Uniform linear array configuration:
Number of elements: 4
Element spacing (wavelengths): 1
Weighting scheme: kaiser
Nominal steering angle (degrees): -15
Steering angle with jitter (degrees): -15.618
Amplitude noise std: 0.05
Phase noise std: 0.05

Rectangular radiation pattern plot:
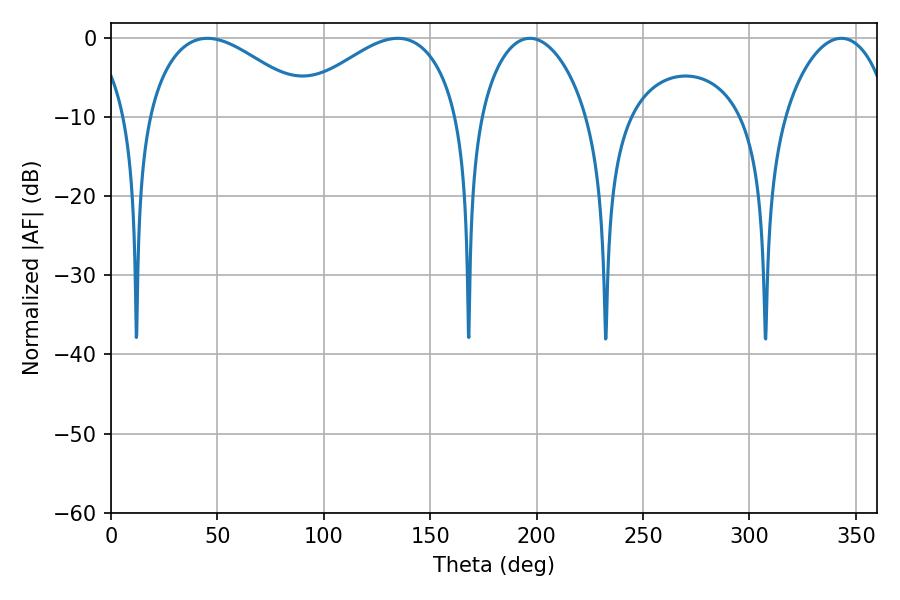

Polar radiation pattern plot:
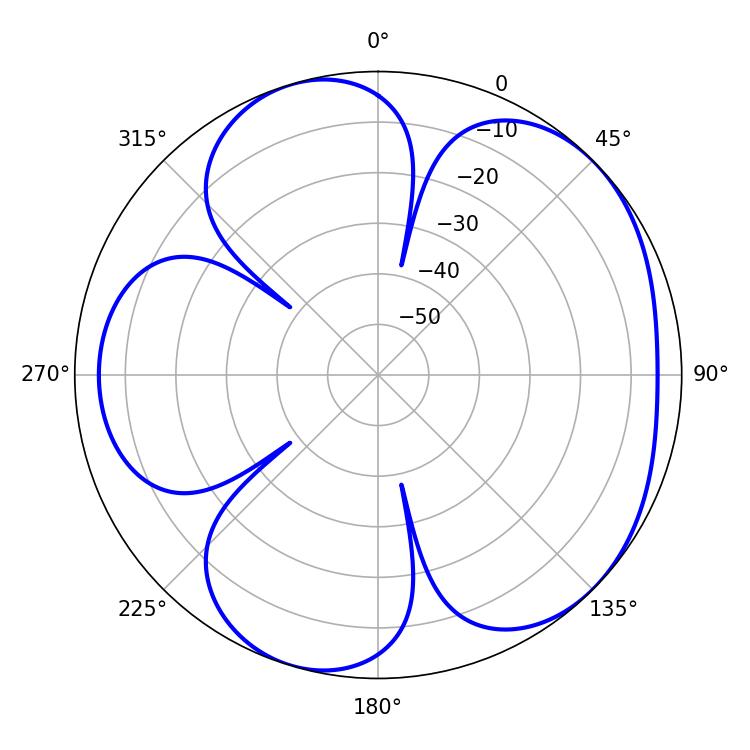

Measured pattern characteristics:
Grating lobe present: TRUE
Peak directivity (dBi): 4.968
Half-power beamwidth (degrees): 42.84
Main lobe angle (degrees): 45.36